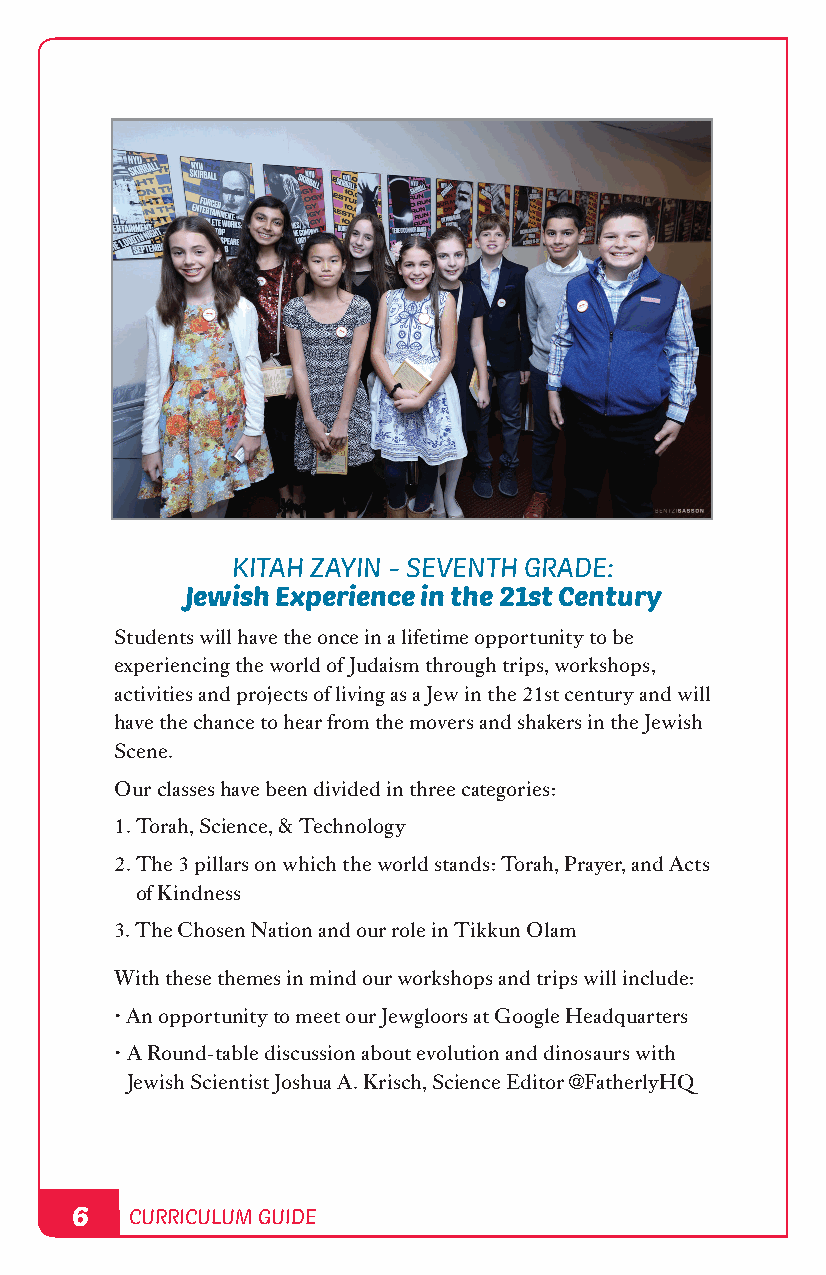
KITAH ZAYIN - SEVENTH GRADE:
 Jewish Experience in the 21st Century
 Students will have the once in a lifetime opportunity to be
 experiencing the world of Judaism through trips, workshops,
 activities and projects of living as a Jew in the 21st century and will
 have the chance to hear from the movers and shakers in the Jewish
 Scene.
 Our classes have been divided in three categories:
 1. Torah, Science, & Technology
 2. The 3 pillars on which the world stands: Torah, Prayer, and Acts
 of Kindness
 3. The Chosen Nation and our role in Tikkun Olam
 With these themes in mind our workshops and trips will include:
 • An opportunity to meet our Jewgloors at Google Headquarters
 • A Round-table discussion about evolution and dinosaurs with
 Jewish Scientist Joshua A. Krisch, Science Editor @FatherlyHQ
 6   CURRICULUM GUIDE